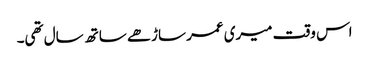
اس وقت میری عمر ساڑھے ساتھ سال تھی۔